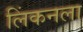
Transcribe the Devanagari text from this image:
लिंकनला